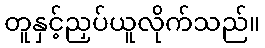
တူနှင့်ညှပ်ယူလိုက်သည်။